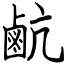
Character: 䴚